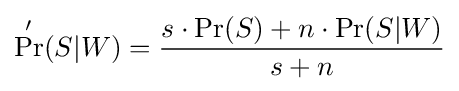
\Pr '(S|W)={\frac {s\cdot \Pr(S)+n\cdot \Pr(S|W)}{s+n}}